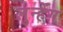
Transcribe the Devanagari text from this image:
लुन्हेंग